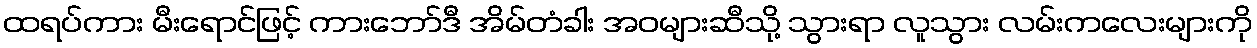
ထရပ်ကား မီးရောင်ဖြင့် ကားဘော်ဒီ အိမ်တံခါး အဝများဆီသို့ သွားရာ လူသွား လမ်းကလေးများကို